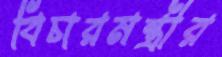
বিচারমন্ত্রীর